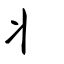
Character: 丬